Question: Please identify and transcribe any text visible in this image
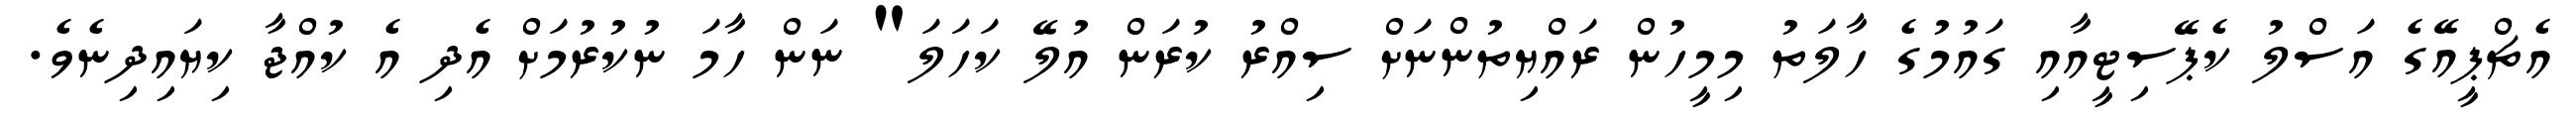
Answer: އެޗްޕީއޭގެ އަސްލު ކެޕޭސިޓީއާއި ގައުމުގެ ހާލަތު މިމީހުން ރައްޔިތުންނަށް ސިއްރު ކުރަން އުލޭ ކަހަލަ" ނަން ހާމަ ނުކުރުމަށް އެދި އެ ކުއްޖާ ކިޔައިދިނެވެ.